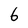
Character: 6